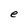
Character: e